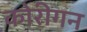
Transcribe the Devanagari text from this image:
कोरीगन